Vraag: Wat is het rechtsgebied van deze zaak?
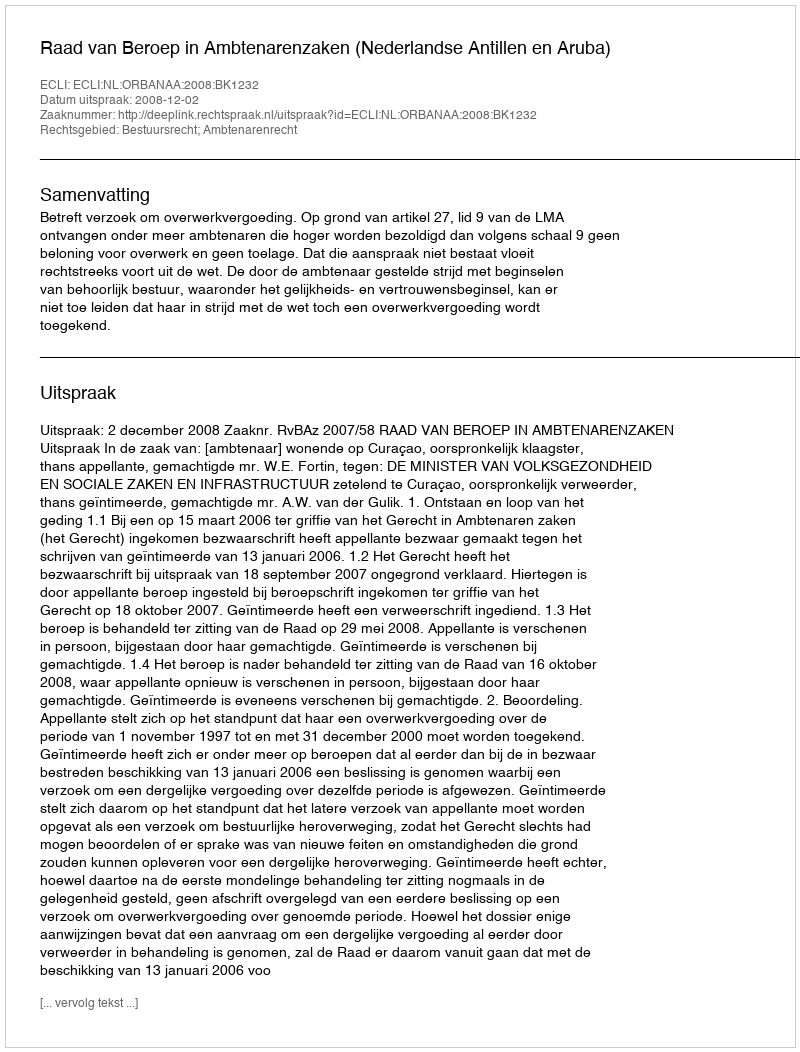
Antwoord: Bestuursrecht; Ambtenarenrecht